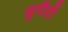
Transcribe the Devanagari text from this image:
सुपैथी